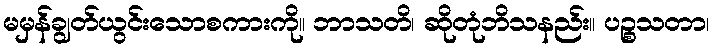
မမှန်ချွတ်ယွင်းသောစကားကို။ ဘာသတိ၊ ဆိုတုံဘိသနည်း။ ပဉ္စသတာ၊